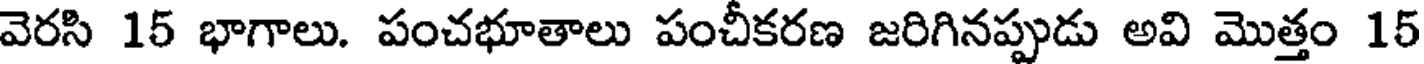
వెరసి 15 భాగాలు. పంచభూతాలు పంచీకరణ జరిగినప్పుడు అవి మొత్తం 15